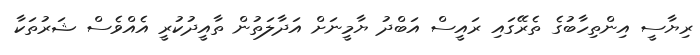
ރިޔާސީ އިންތިހާބުގެ ތެރޭގައި ރައީސް އަބްދު ޔާމީނަށް އަދާލަތުން ތާއީދުކުރީ އެއްވެސް ޝަރުތަކާ